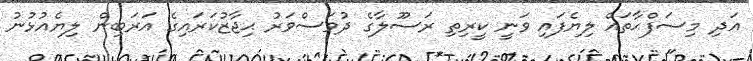
އަދި މިސަފްޙާތައް ލިޔެފައި ވަނީ ކީރިތި ރަސޫލާގެ ދުވަސްވަރު ޙިޖާޒުކަރައިގެ އަރަބިން ލިޔެއުޅުނު